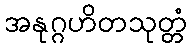
အနုဂ္ဂဟိတသုတ္တံ